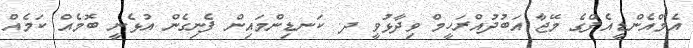
އެމްއެންޑީއެފްގެ މޭޖާ އަބުދުއްރަހީމް ވިދާޅުވީ ދ. ކަނޑިންމައިން ފެނިގެން އުޅެނީ ބޮމެއް ކަމެއް